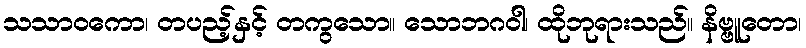
သသာဝကော၊ တပည့်နှင့် တကွသော။ သောဘဂဝါ၊ ထိုဘုရားသည်။ နိဗ္ဗူတော၊